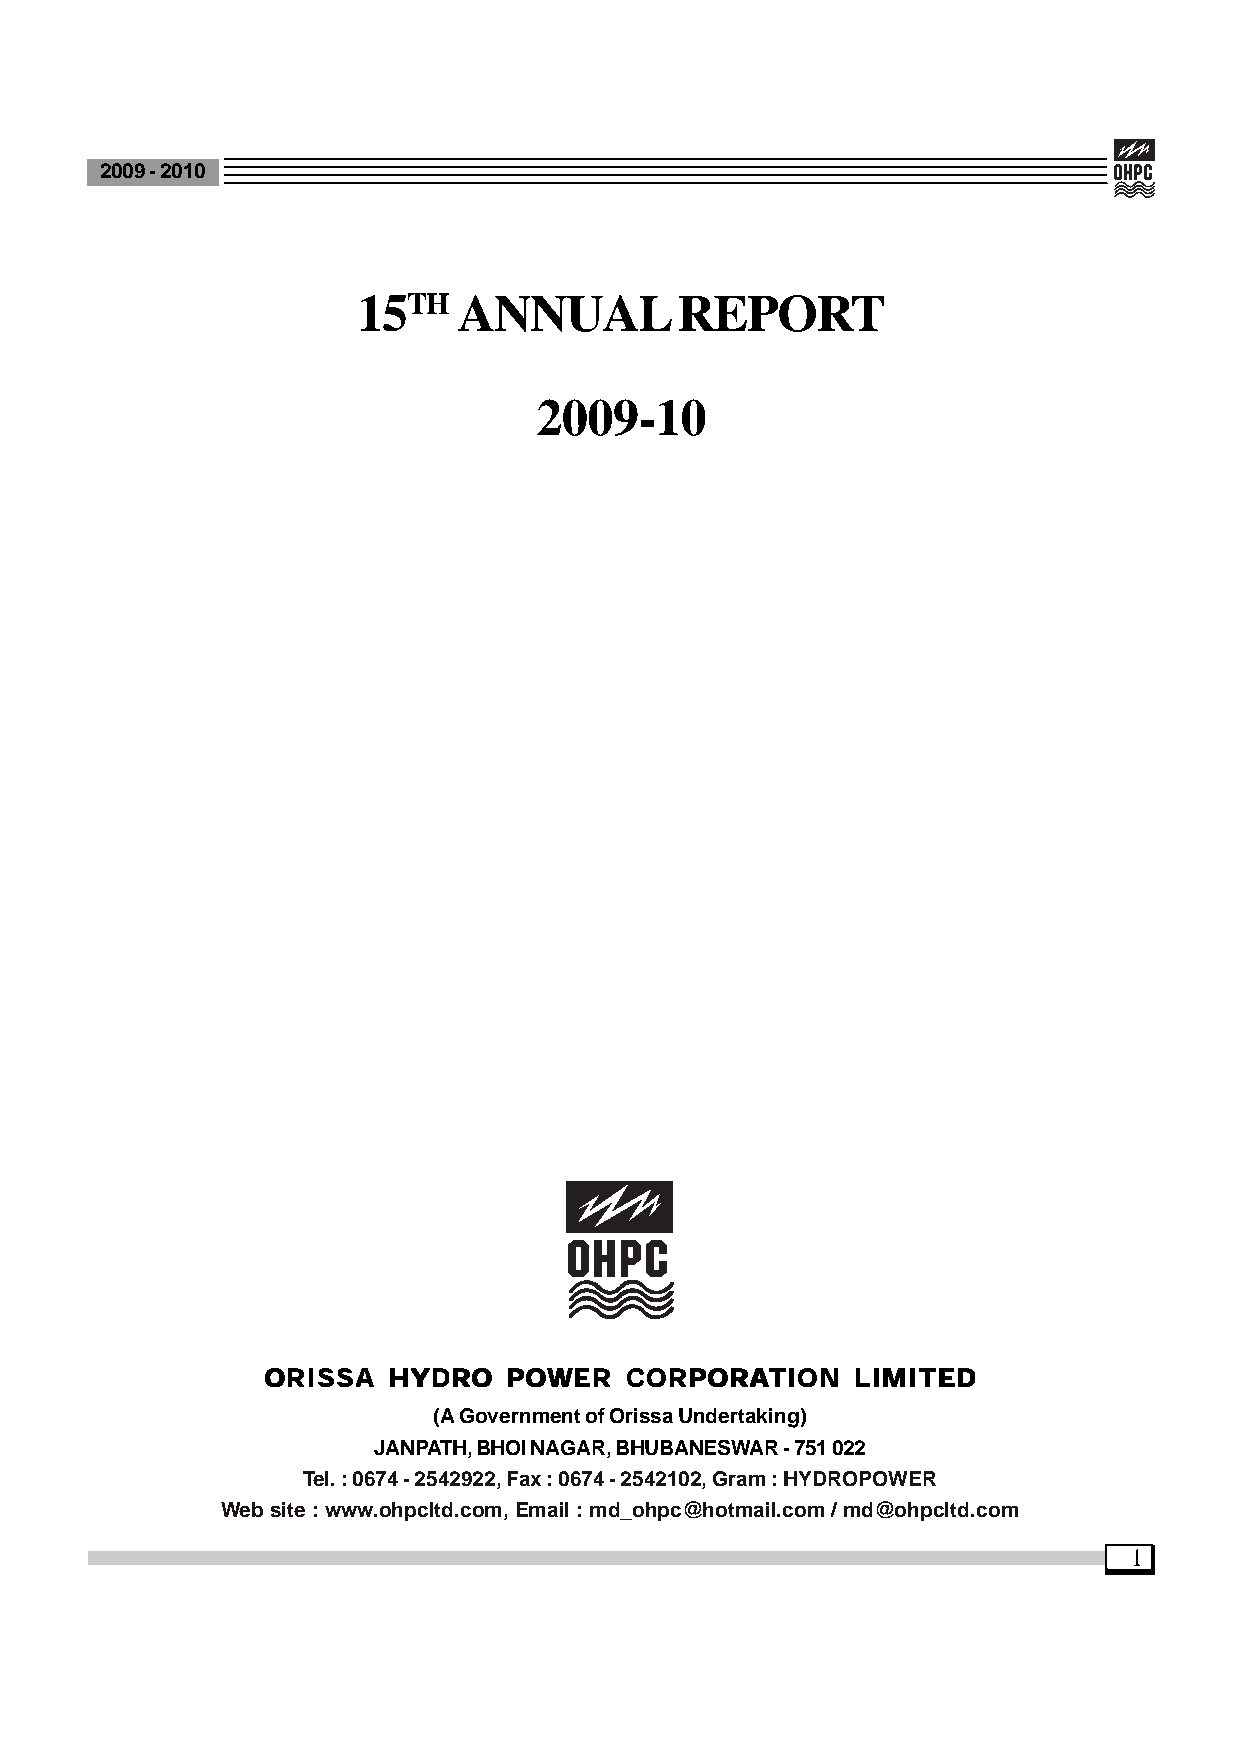
2009 - 2010
 15TH  ANNUAL         REPORT
 2009-10
 OOOOORRRRRIIIIISSSSSSSSSSAAAAA HHHHHYYYYYDDDDDRRRRROOOOO PPPPPOOOOOWWWWWEEEEERRRRR CCCCCOOOOORRRRRPPPPPOOOOORRRRRAAAAATTTTTIIIIIOOOOONNNNN LLLLLIIIIIMMMMMIIIIITTTTTEEEEEDDDDD
 (A Government of Orissa Undertaking)
 JANPATH, BHOI NAGAR, BHUBANESWAR - 751 022
 Tel. : 0674 - 2542922, Fax : 0674 - 2542102, Gram : HYDROPOWER
 Web site : www.ohpcltd.com, Email : md_ohpc@hotmail.com / md@ohpcltd.com
 1